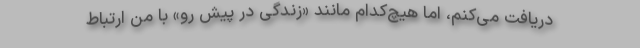
دریافت می‌کنم، اما هیچ‌کدام مانند «زندگی در پیش رو» با من ارتباط